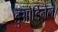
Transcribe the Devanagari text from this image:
डुओडिनेल।